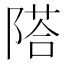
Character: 𨻇